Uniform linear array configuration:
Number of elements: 48
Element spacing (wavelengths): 1
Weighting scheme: exponential
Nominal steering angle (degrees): -45
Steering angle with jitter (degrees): -43.792
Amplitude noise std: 0.05
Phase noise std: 0.05

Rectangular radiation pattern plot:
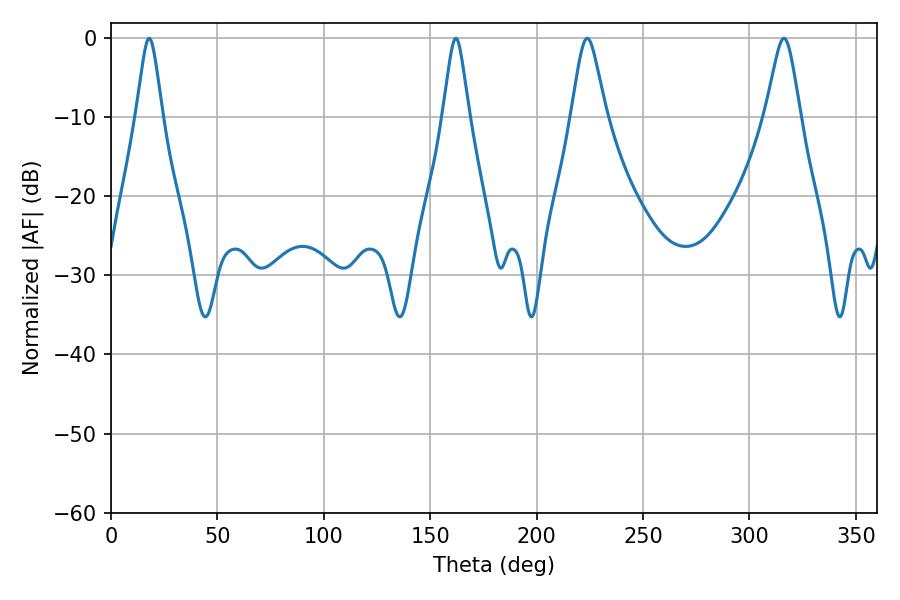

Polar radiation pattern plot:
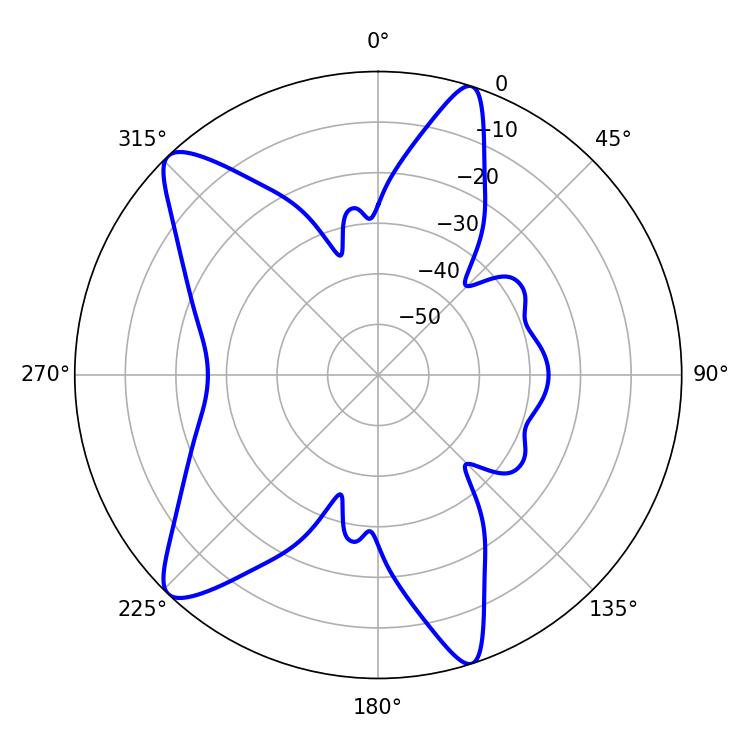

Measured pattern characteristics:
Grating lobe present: TRUE
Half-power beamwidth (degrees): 7.92
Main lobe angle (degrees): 223.74